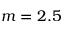
m = 2 . 5